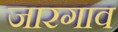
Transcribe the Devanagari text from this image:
जारगाव